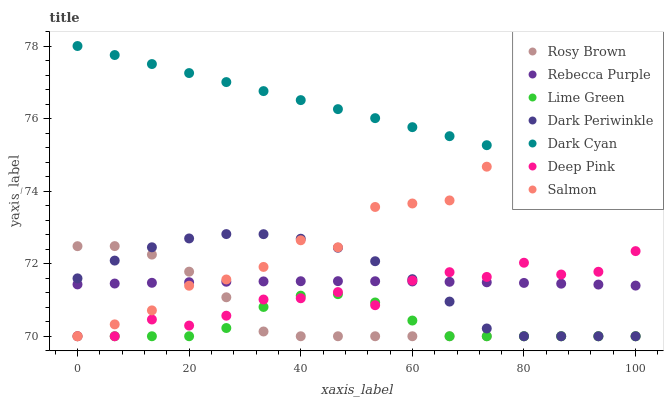
| xaxis_label | Rosy Brown | Rebecca Purple | Lime Green | Dark Periwinkle | Dark Cyan | Deep Pink | Salmon |
 | --- | --- | --- | --- | --- | --- | --- | --- |
 | 0 | 72.5 | 71.4 | 70 | 71.6 | 78 | 70 | 70 |
 | 6.67 | 72.5 | 71.5 | 70 | 72.1 | 77.8 | 70 | 70.3 |
 | 13.3 | 72.3 | 71.5 | 70 | 72.5 | 77.5 | 70.5 | 70.7 |
 | 20 | 71.8 | 71.5 | 70 | 72.7 | 77.3 | 70.3 | 71.4 |
 | 26.7 | 71.1 | 71.5 | 70.2 | 72.8 | 77 | 70.6 | 71.6 |
 | 33.3 | 70.1 | 71.5 | 70.8 | 72.8 | 76.8 | 71 | 71.9 |
 | 40 | 70 | 71.5 | 71.1 | 72.7 | 76.5 | 71 | 72.6 |
 | 46.7 | 70 | 71.5 | 71.2 | 72.4 | 76.3 | 71.2 | 72.5 |
 | 53.3 | 70 | 71.5 | 70.9 | 72.1 | 76 | 70.9 | 73.6 |
 | 60 | 70 | 71.5 | 70.4 | 71.6 | 75.8 | 71.5 | 73.7 |
 | 66.7 | 70 | 71.5 | 70 | 71 | 75.5 | 71.8 | 73.7 |
 | 73.3 | 70 | 71.5 | 70 | 70.2 | 75.3 | 71.6 | 74.7 |
 | 80 | 70 | 71.5 | 70 | 70 | 75 | 72 | 74.8 |
 | 86.7 | 70 | 71.4 | 70 | 70 | 74.8 | 71.7 | 75.2 |
 | 93.3 | 70 | 71.4 | 70 | 70 | 74.5 | 71.8 | 75.9 |
 | 100 | 70 | 71.4 | 70 | 70 | 74.3 | 72.3 | 76.4 |